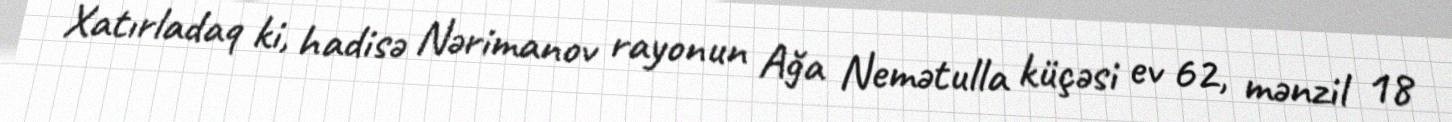
Xatırladaq ki, hadisə Nərimanov rayonun Ağa Nemətulla küçəsi ev 62, mənzil 18